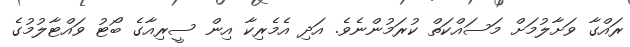
ރައްގާ ވަށާލުމަށް މަސައްކަތް ކުރަމުންނެވެ. އަދި އެމެރިކާ އިން ސީރިއާގެ ބޯޓު ވައްޓާލުމުގެ